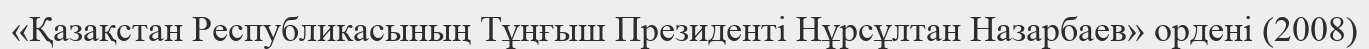
«Қазақстан Республикасының Тұңғыш Президенті Нұрсұлтан Назарбаев» ордені (2008)